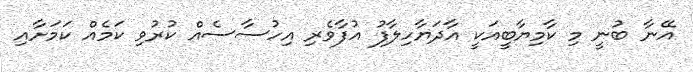
އޭނާ ބުނީ މި ކާމިޔާބީއަކީ އާދަޔާހިލާފު އުފާވެރި އިހުސާސެއް ކުރުވި ކަމެއް ކަމަށާއި